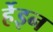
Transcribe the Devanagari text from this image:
र्हेइन